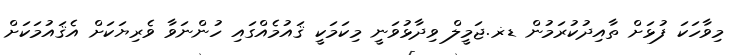
މިވާހަކަ ފުޅަށް ތާއިދުކުރަމުން ޑޜ.ޖަމީލް ވިދާޅުވަނީ މިކަމަކީ ޤައުމެއްގައި ހުންނަވާ ވެރިޔަކަށް އެޤައުމަކަށް